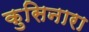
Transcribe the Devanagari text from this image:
कुसिनारा